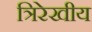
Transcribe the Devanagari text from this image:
त्रिरेखीय